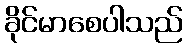
ခိုင်မာစေပါသည်